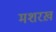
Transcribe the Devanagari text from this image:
मशरख़